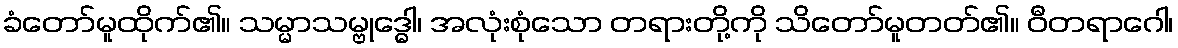
ခံတော်မူထိုက်၏။ သမ္မာသမ္ဗုဒ္ဓေါ၊ အလုံးစုံသော တရားတို့ကို သိတော်မူတတ်၏။ ဝီတရာဂေါ၊